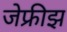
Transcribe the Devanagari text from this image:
जेफ्रीझ